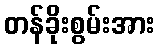
တန်ခိုးစွမ်းအား